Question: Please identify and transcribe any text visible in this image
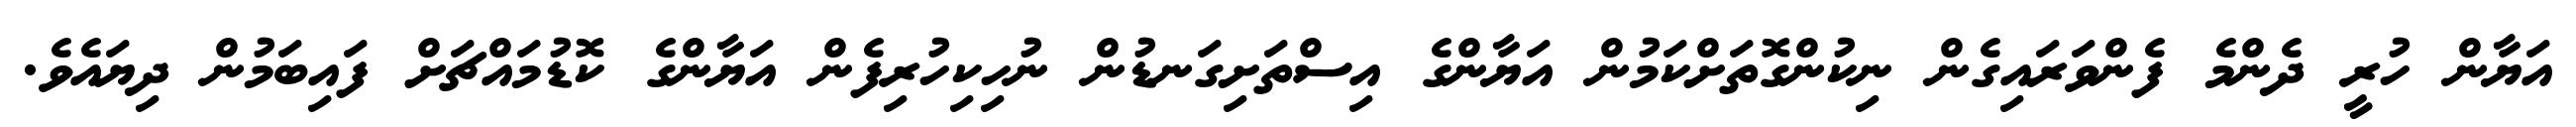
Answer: އަޔާން ހުރީ ދެންމެ ފެންވަރައިގެން ނިކުންގޮތަށްކަމުން އަޔާންގެ އިސްތަށިގަނޑުން ނުހިކިހުރިފެން އަޔާންގެ ކޮޑުމައްޗަށް ފައިބަމުން ދިޔައެވެ.